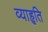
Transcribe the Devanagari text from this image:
व्याहृति